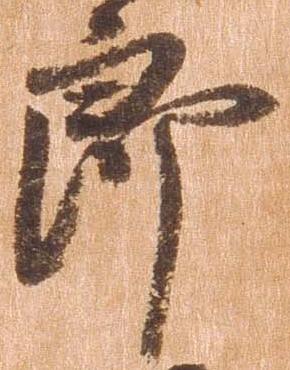
郎